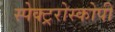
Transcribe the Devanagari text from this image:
स्पेक्ट्ररोस्कोपी